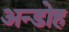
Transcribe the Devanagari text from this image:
अन्डोह